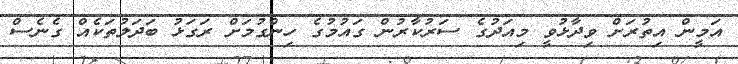
އަމީން އިތުރަށް ވިދާޅުވީ މިއަދުގެ ސަރުކާރުން ގައުމުގެ ހިންގުމަށް ރަގަޅު ބަދަލުތަކެއް ގެނެސް